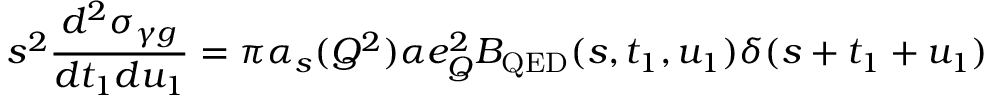
s ^ { 2 } \frac { d ^ { 2 } \sigma _ { \gamma g } } { d t _ { 1 } d u _ { 1 } } = \pi \alpha _ { s } ( Q ^ { 2 } ) \alpha e _ { Q } ^ { 2 } B _ { \mathrm { Q E D } } ( s , t _ { 1 } , u _ { 1 } ) \delta ( s + t _ { 1 } + u _ { 1 } )